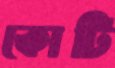
কোটি